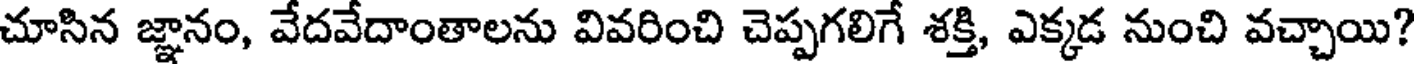
చూసిన జ్ఞానం, వేదవేదాంతాలను వివరించి చెప్పగలిగే శక్తి, ఎక్కడ నుంచి వచ్చాయి?